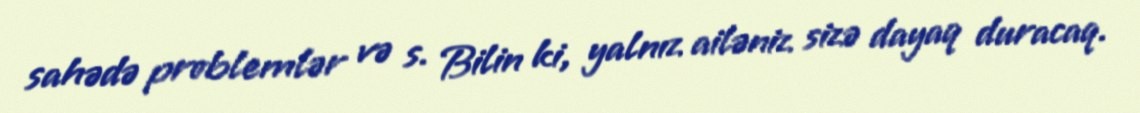
sahədə problemlər və s. Bilin ki, yalnız ailəniz sizə dayaq duracaq.